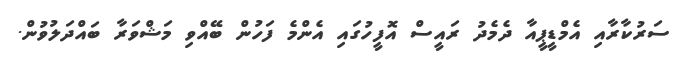
ސަރުކާރާއިި އެމްޑީޕީއާ ދެމެދު ރައީސް އޮފީހުގައި އެންމެ ފަހުން ބޭއްވި މަޝްވަރާ ބައްދަލުވުން.